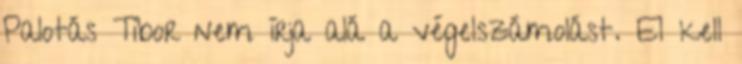
Palotás Tibor nem írja alá a végelszámolást. El kell